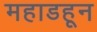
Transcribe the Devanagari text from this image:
महाडहून